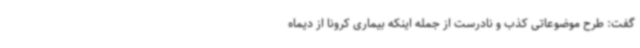
گفت: طرح موضوعاتی کذب و نادرست از جمله اینکه بیماری کرونا از دیماه